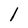
Character: 1